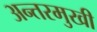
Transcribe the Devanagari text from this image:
अन्तरमुखी